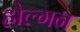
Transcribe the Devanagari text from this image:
होल्गन